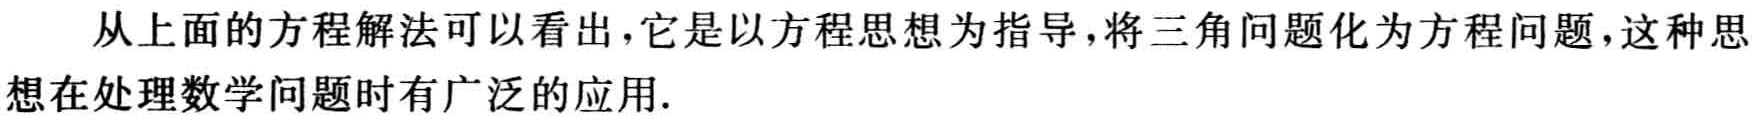
从上面的方程解法可以看出，它是以方程思想为指导，将三角问题化为方程问题，这种思想在处理数学问题时有广泛的应用.